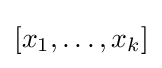
[x_{1},\ldots ,x_{k}]